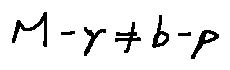
M - \gamma \neq b - p